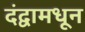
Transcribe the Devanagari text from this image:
दंद्वामधून